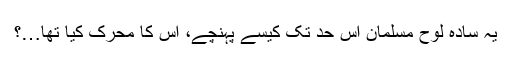
یہ سادہ لوح مسلمان اس حد تک کیسے پہنچے، اس کا محرک کیا تھا…؟